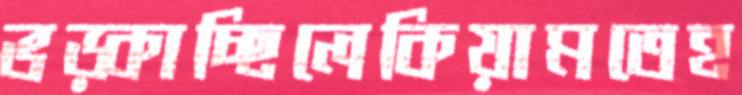
ভড়্‌কাচ্ছিলেকিয়ামতেহ